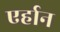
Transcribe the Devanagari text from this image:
एर्हान